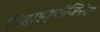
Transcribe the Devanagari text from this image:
डिहाइड्रोजिनेज